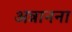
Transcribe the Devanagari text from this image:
अन्नानना